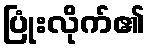
ပြုံးလိုက်၏